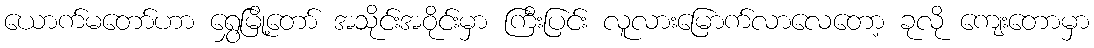
ယောက်မတော်ဟာ ရွှေမြို့တော် အသိုင်းအဝိုင်းမှာ ကြီးပြင်း လူလားမြောက်လာလေတော့ ခုလို ကျေးတောမှာ